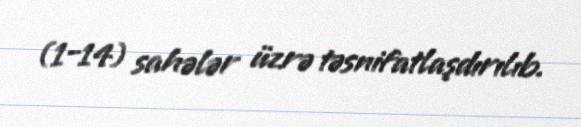
(1-14) sahələr üzrə təsnifatlaşdırılıb.